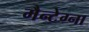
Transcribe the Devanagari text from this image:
मैन्टेग्ना